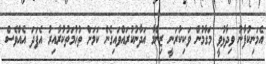
އެމަނިކުފާނު ވިދާޅުވީ މަގާމުން ވަކިކުރަނީ ޒިންމާ އަދާނުކުރައްވައިގެން ކަމަށް ތުހުމަތުކުރާއިރު އެފަދަ އެއްވެސް